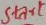
Text: START